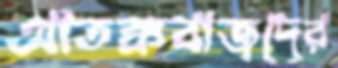
আতঙ্কবাজদের